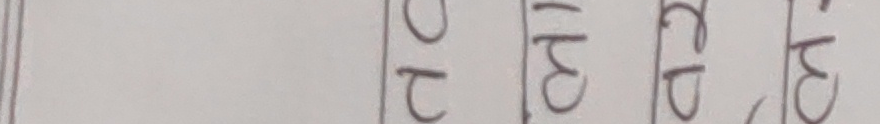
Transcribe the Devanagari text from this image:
ख
ट
म
त
प
ट
ध
अ